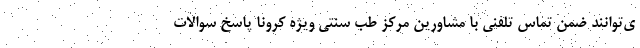
ی‌توانند ضمن تماس تلفنی با مشاورین مرکز طب سنتی ویژه کرونا پاسخ سوالات